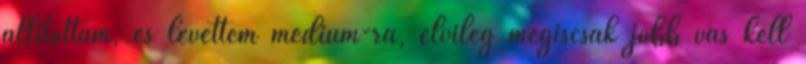
állítottam, és levettem medium-ra, elvileg mégiscsak jobb vas kell